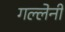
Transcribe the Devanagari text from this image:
गल्लेनी